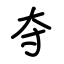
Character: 夺